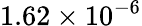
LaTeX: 1.62\times 10^{-6}